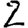
Digit: 2